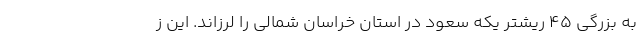
به بزرگی ۴۵ ریشتر یکه سعود در استان خراسان شمالی را لرزاند. این ز